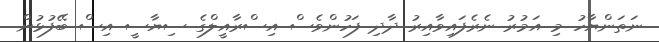
ނަތަންޔާހު މި އަމުރު ނެރެފައިވާއިރު ދާދި ފަހުންވެސް އިސްރާއީލްގެ ސިޔާސީ އިސް ބޭފުޅުން